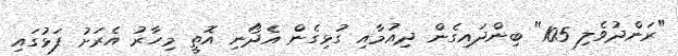
"ރަންދުވެލި 105" ބިންދައިގެން ދިއުމާއި ގުޅިގެން އެދޯނި އޮތީ މިހާރު އެރަށު ފަޅުގައި